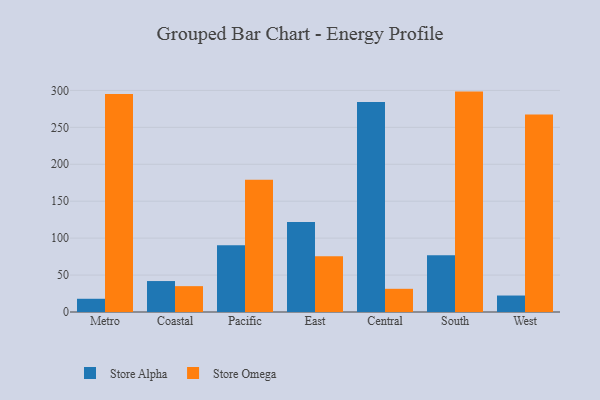
{"axis": {"x": "Region", "y": "Inventory Turnover"}, "legend": ["Store Alpha", "Store Omega"], "data": [{"x": "Metro", "y": 17.9, "type": "Store Alpha"}, {"x": "Metro", "y": 295.1, "type": "Store Omega"}, {"x": "Coastal", "y": 41.9, "type": "Store Alpha"}, {"x": "Coastal", "y": 35.0, "type": "Store Omega"}, {"x": "Pacific", "y": 90.4, "type": "Store Alpha"}, {"x": "Pacific", "y": 179.1, "type": "Store Omega"}, {"x": "East", "y": 121.8, "type": "Store Alpha"}, {"x": "East", "y": 75.4, "type": "Store Omega"}, {"x": "Central", "y": 284.2, "type": "Store Alpha"}, {"x": "Central", "y": 31.4, "type": "Store Omega"}, {"x": "South", "y": 77.0, "type": "Store Alpha"}, {"x": "South", "y": 298.4, "type": "Store Omega"}, {"x": "West", "y": 22.3, "type": "Store Alpha"}, {"x": "West", "y": 267.4, "type": "Store Omega"}]}